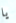
يا